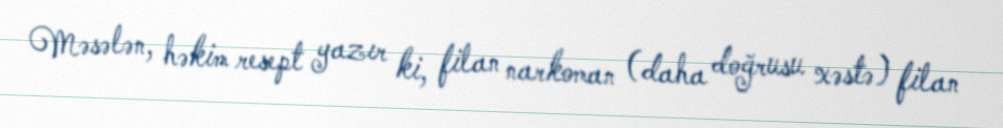
Məsələn, həkim resept yazır ki, filan narkoman (daha doğrusu xəstə) filan